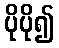
ပိုပို၍